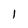
Character: 1